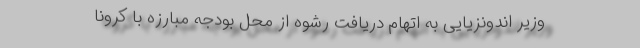
وزیر اندونزیایی به اتهام دریافت رشوه از محل بودجه مبارزه با کرونا